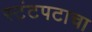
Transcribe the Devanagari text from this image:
स्टंटपटाचा